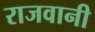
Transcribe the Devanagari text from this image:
राजवानी